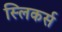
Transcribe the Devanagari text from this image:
स्लिकर्स